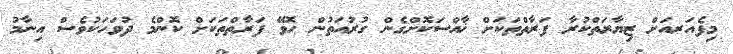
މިފެއަރއަށް ޒިޔާރަތްކުރާ ފަރާތްތަކަށް ޚާއްސަކޮށްގެން ގުރުއަތުން ހޮވޭ ފަރާތްތަކަށް ކޮންމެ ދުވަހަކުވެސް އިނާމު